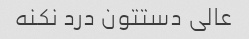
عالی دستتون درد نکنه